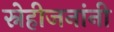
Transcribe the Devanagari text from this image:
स्नेहीजनांनी